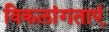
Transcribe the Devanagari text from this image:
विकलांगताएं